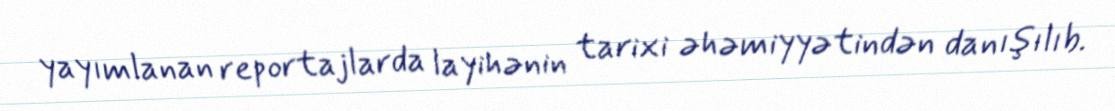
yayımlanan reportajlarda layihənin tarixi əhəmiyyətindən danışılıb.